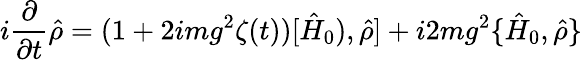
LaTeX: i\frac{\partial}{\partial t}\hat{\rho}=(1+2img^{2}\zeta(t))[\hat{H}_{0}),\hat{\rho}]+i2mg^{2}\{ \hat{H}_{0},\hat{\rho}\}